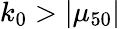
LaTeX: k_{0}>|\mu_{50}|